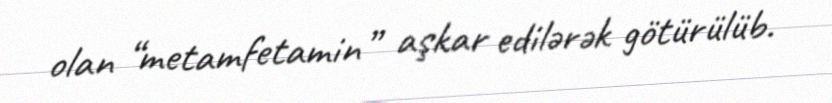
olan “metamfetamin” aşkar edilərək götürülüb.